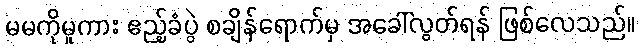
မမကိုမူကား ဧည့်ခံပွဲ စချိန်ရောက်မှ အခေါ်လွတ်ရန် ဖြစ်လေသည်။